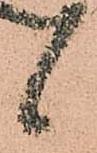
候